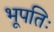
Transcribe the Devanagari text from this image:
भूपतिः